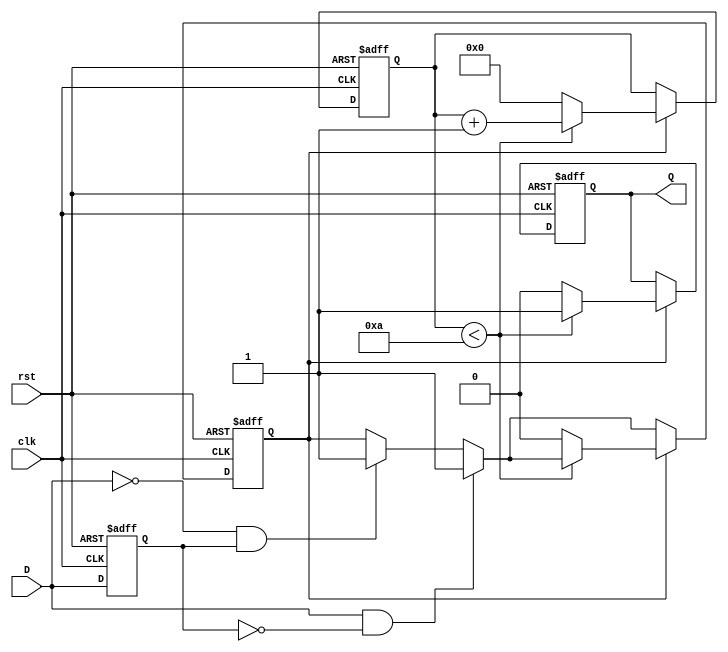
module MonostableEdgeDetector #(
    parameter PULSE_WIDTH = 10, // Pulse width in clock cycles
    parameter EDGE_TYPE = 2'b11  // 2'b00: Rising edge, 2'b01: Falling edge, 2'b11: Both edges
)(
    input wire clk,              // Clock signal
    input wire rst,              // Reset signal
    input wire D,                // Input signal
    output reg Q                 // Output pulse
);

    // Memory Blocks to store the previous state
    reg D_prev;

    // Counter for pulse width
    reg [3:0] pulse_counter; // Adjust the size based on maximum pulse width required (4 bits for max 15)
    reg pulse_active;

    // Edge detection logic
    always @(posedge clk or posedge rst) begin
        if (rst) begin
            D_prev <= 1'b0;
            Q <= 1'b0;
            pulse_counter <= 0;
            pulse_active <= 1'b0;
        end else begin
            // Store the current state of D in D_prev
            D_prev <= D;

            // Edge detection based on EDGE_TYPE parameter
            if (EDGE_TYPE[1] && (D == 1'b1 && D_prev == 1'b0)) begin
                // Rising edge detected
                pulse_active <= 1'b1;
            end else if (EDGE_TYPE[0] && (D == 1'b0 && D_prev == 1'b1)) begin
                // Falling edge detected
                pulse_active <= 1'b1;
            end
            
            // Pulse generation logic
            if (pulse_active) begin
                if (pulse_counter < PULSE_WIDTH) begin
                    pulse_counter <= pulse_counter + 1;
                    Q <= 1'b1; // Output high for the pulse width duration
                end else begin
                    pulse_active <= 1'b0; // Reset the pulse active flag
                    pulse_counter <= 0; // Reset counter for the next pulse
                    Q <= 1'b0; // Set output low after pulse width expires
                end
            end
        end
    end

endmodule